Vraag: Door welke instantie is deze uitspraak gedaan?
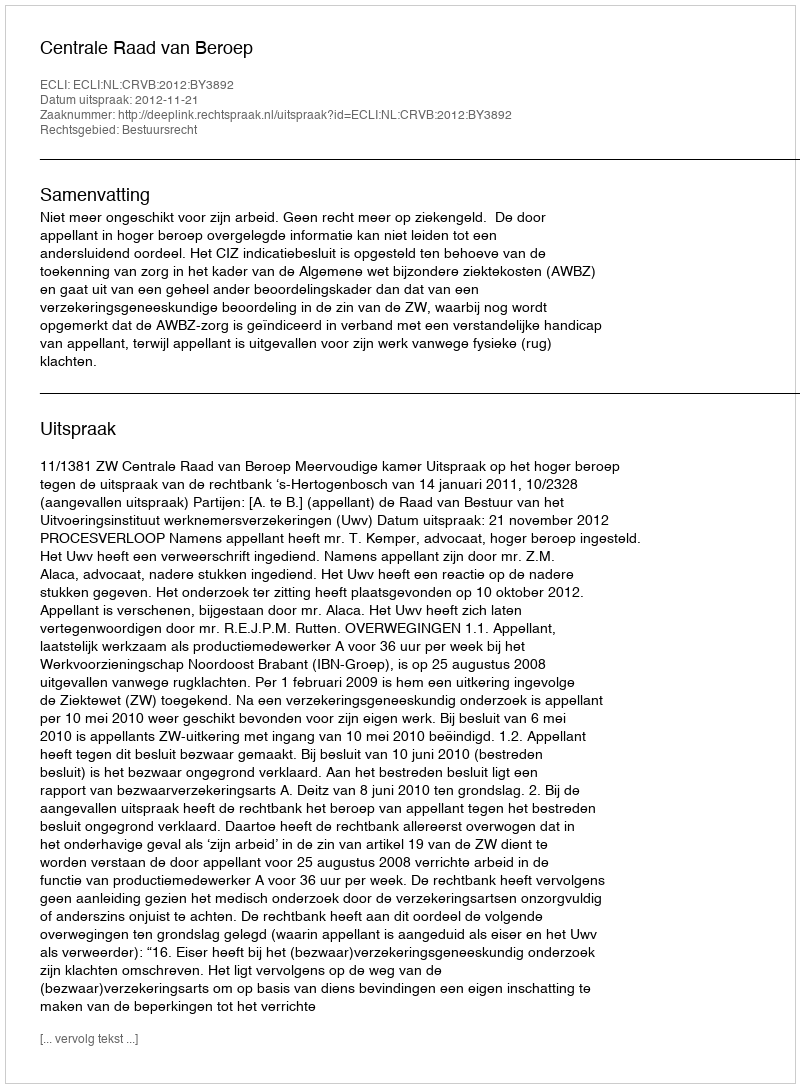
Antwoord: Centrale Raad van Beroep